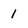
Character: 1